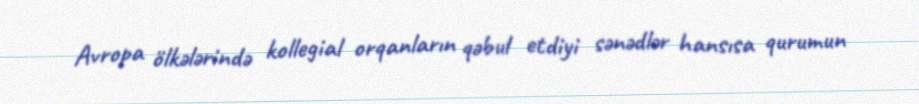
Avropa ölkələrində kollegial orqanların qəbul etdiyi sənədlər hansısa qurumun